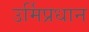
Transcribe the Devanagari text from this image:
उर्मिप्रधान